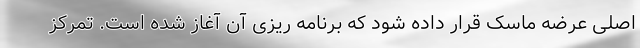
اصلی عرضه ماسک قرار داده شود که برنامه ریزی آن آغاز شده است. تمرکز